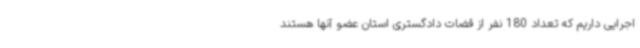
اجرایی داریم که تعداد 180 نفر از قضات دادگستری استان عضو آنها هستند